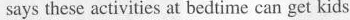
says these activities at bedtime can get kids